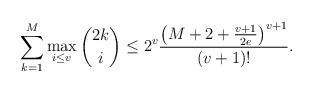
LaTeX: \begin{align*}\sum_{k=1}^M \max_{i \leq v} {{2k} \choose i } \leq 2^{v} \frac{\left(M+2 + \frac{v+1}{2e}\right)^{v+1}}{(v+1)!}. \end{align*}